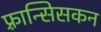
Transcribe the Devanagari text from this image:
फ़्रान्सिसकन